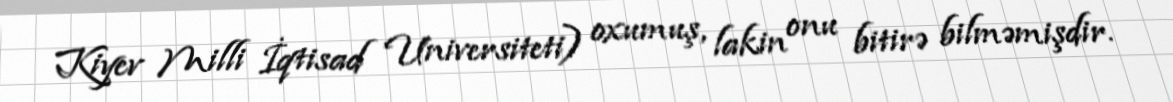
Kiyev Milli İqtisad Universiteti) oxumuş, lakin onu bitirə bilməmişdir.